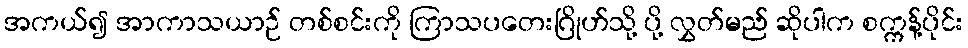
အကယ်၍ အာကာသယာဉ် တစ်စင်းကို ကြာသပတေးဂြိုဟ်သို့ ပို့ လွှတ်မည် ဆိုပါက စက္ကန့်ပိုင်း